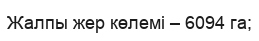
Жалпы жер көлемі – 6094 га;